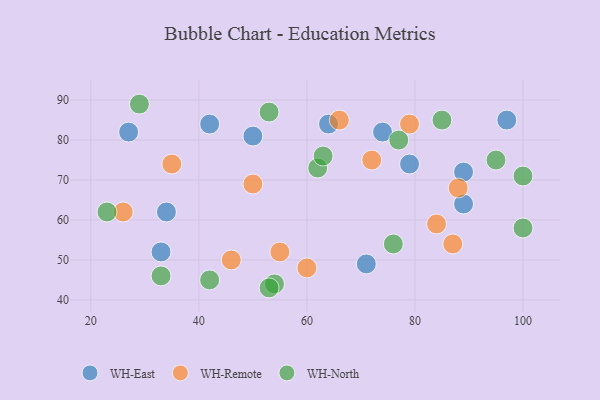
{"axis": {"x": "GDP", "y": "Life Expectancy"}, "legend": ["WH-East", "WH-North", "WH-Remote"], "data": [{"x": "33", "y": 52, "type": "WH-East"}, {"x": "97", "y": 85, "type": "WH-East"}, {"x": "71", "y": 49, "type": "WH-East"}, {"x": "64", "y": 84, "type": "WH-East"}, {"x": "34", "y": 62, "type": "WH-East"}, {"x": "89", "y": 72, "type": "WH-East"}, {"x": "50", "y": 81, "type": "WH-East"}, {"x": "27", "y": 82, "type": "WH-East"}, {"x": "89", "y": 64, "type": "WH-East"}, {"x": "42", "y": 84, "type": "WH-East"}, {"x": "74", "y": 82, "type": "WH-East"}, {"x": "79", "y": 74, "type": "WH-East"}, {"x": "26", "y": 62, "type": "WH-Remote"}, {"x": "35", "y": 74, "type": "WH-Remote"}, {"x": "66", "y": 85, "type": "WH-Remote"}, {"x": "50", "y": 69, "type": "WH-Remote"}, {"x": "79", "y": 84, "type": "WH-Remote"}, {"x": "87", "y": 54, "type": "WH-Remote"}, {"x": "88", "y": 68, "type": "WH-Remote"}, {"x": "55", "y": 52, "type": "WH-Remote"}, {"x": "72", "y": 75, "type": "WH-Remote"}, {"x": "60", "y": 48, "type": "WH-Remote"}, {"x": "46", "y": 50, "type": "WH-Remote"}, {"x": "84", "y": 59, "type": "WH-Remote"}, {"x": "42", "y": 45, "type": "WH-North"}, {"x": "62", "y": 73, "type": "WH-North"}, {"x": "100", "y": 71, "type": "WH-North"}, {"x": "63", "y": 76, "type": "WH-North"}, {"x": "85", "y": 85, "type": "WH-North"}, {"x": "54", "y": 44, "type": "WH-North"}, {"x": "33", "y": 46, "type": "WH-North"}, {"x": "29", "y": 89, "type": "WH-North"}, {"x": "76", "y": 54, "type": "WH-North"}, {"x": "23", "y": 62, "type": "WH-North"}, {"x": "53", "y": 87, "type": "WH-North"}, {"x": "100", "y": 58, "type": "WH-North"}, {"x": "77", "y": 80, "type": "WH-North"}, {"x": "95", "y": 75, "type": "WH-North"}, {"x": "53", "y": 43, "type": "WH-North"}]}